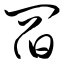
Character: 阎